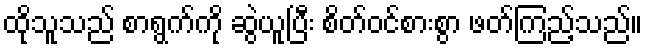
ထိုသူသည် စာရွက်ကို ဆွဲယူပြီး စိတ်ဝင်စားစွာ ဖတ်ကြည့်သည်။